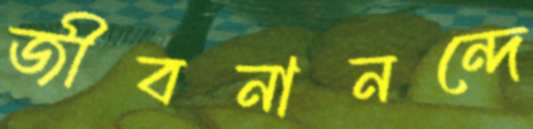
জীবনানন্দে